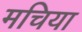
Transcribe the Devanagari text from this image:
मचिया